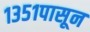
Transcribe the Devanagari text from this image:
१३५१पासून